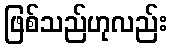
ဖြစ်သည်ဟုလည်း